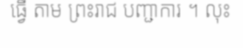
ធ្វើ តាម ព្រះរាជ បញ្ជាការ ។ លុះ